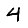
Digit: 4